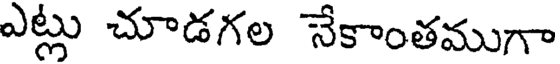
ఎట్లు చూడగల నేకాంతముగా